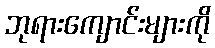
ဘုရားကျောင်းများကို